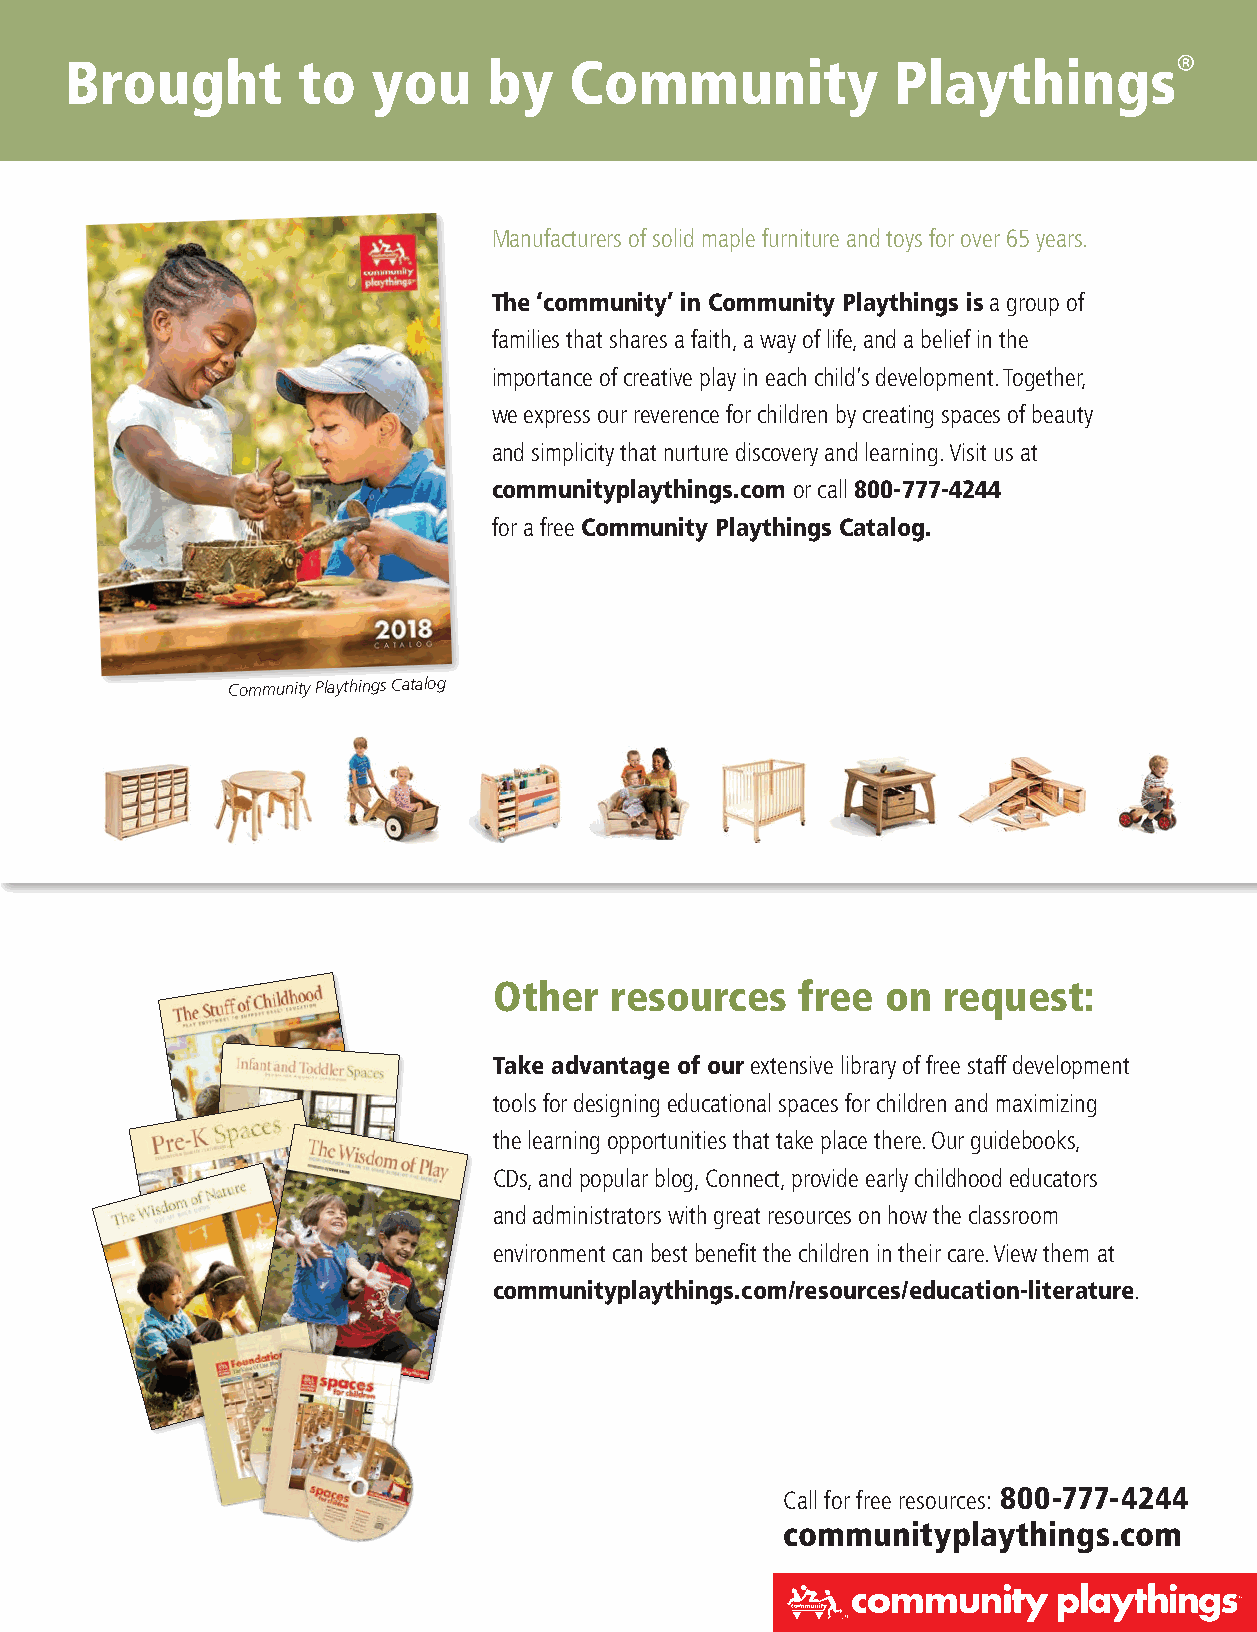
®
 Brought         to   you    by    Community            Playthings
 Manufacturers of solid maple furniture and toys for over 65 years�
 The ‘community’ in Community Playthings is a group of
 families that shares a faith, a way of life, and a belief in the
 importance of creative play in each child’s development� Together,
 we express our reverence for children by creating spaces of beauty
 and simplicity that nurture discovery and learning� Visit us at
 communityplaythings.com or call 800-777-4244
 for a free Community Playthings Catalog.
 Community Playthings Catalog
 Other  resources    free  on request:
 Take advantage of our extensive library of free staff development
 tools for designing educational spaces for children and maximizing
 the learning opportunities that take place there� Our guidebooks,
 CDs, and popular blog, Connect, provide early childhood educators
 and administrators with great resources on how the classroom
 environment can best benefit the children in their care� View them at
 communityplaythings.com/resources/education-literature�
 Call for free resources: 800-777-4244
 communityplaythings.com